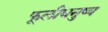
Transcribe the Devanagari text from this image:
फूलीधनुष्य